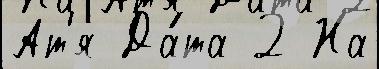
Ат'я Да́та 2 На